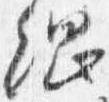
綱